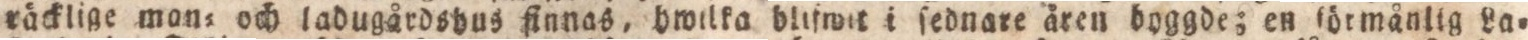
räcklige man= och ladugårdsbus finnas, hwilka blifwit i ſednare åren byggde; en förmänlig La=